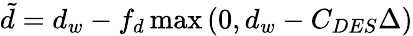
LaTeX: \tilde{d}=d_{w}-f_{d}\operatorname*{max}\left(0,d_{w}-C_{DES}\Delta\right)